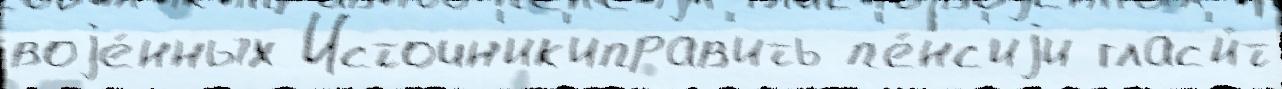
воjе́нных Источн'ик'иправ'ить п'е́нс'иjи глас'и́т